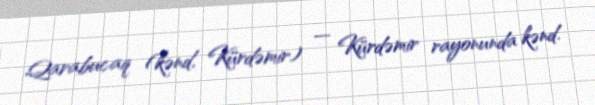
Qarabucaq (kənd, Kürdəmir) — Kürdəmir rayonunda kənd.